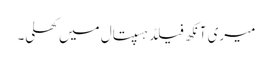
میری آنکھ فیلڈ ہسپتال میں کھلی۔